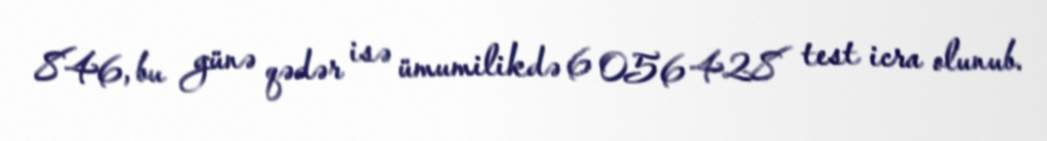
846, bu günə qədər isə ümumilikdə 6 056 428 test icra olunub.